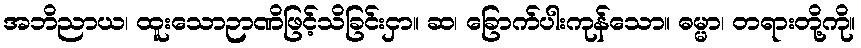
အဘိညာယ၊ ထူးသောဉာဏိဖြင့်သိခြင်းငှာ။ ဆ၊ ခြောက်ပါးကုန်သော။ ဓမ္မာ၊ တရားတို့ကို။